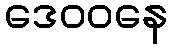
ဒေဝဝနေ